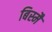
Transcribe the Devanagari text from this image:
बिस्मै